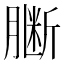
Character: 𱼗